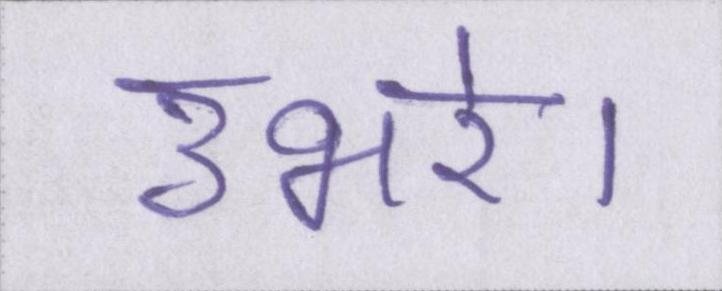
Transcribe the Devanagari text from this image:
उभरे।